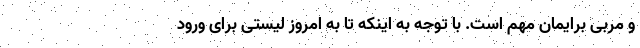
و مربی برایمان مهم است. با توجه به اینکه تا به امروز لیستی برای ورود